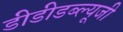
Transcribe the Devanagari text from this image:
डीडीडब्ल्यूजी